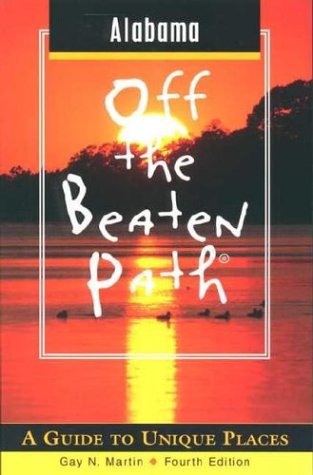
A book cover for Alabama Off the Beaten Path 4th Edition; Gay N. Martin; Travel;